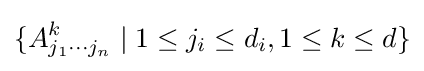
\{A_{j_{1}\cdots j_{n}}^{k}\mid 1\leq j_{i}\leq d_{i},1\leq k\leq d\}